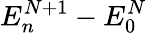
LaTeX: E_{n}^{N+1}-E_{0}^{N}